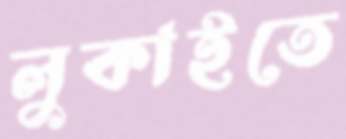
লুকাইতে